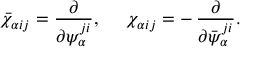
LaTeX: \bar { \chi } _ { \alpha i j } = \frac { \partial } { \partial \psi _ { \alpha } ^ { j i } } , ~ ~ ~ ~ \chi _ { \alpha i j } = - \, \frac { \partial } { \partial \bar { \psi } _ { \alpha } ^ { j i } } .